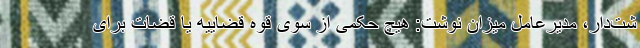
شت‌دار، مدیرعامل میزان نوشت: هیچ حکمی از سوی قوه قضاییه یا قضات برای